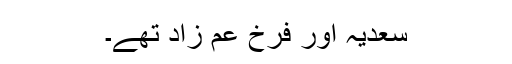
سعدیہ اور فرخ عم زاد تھے۔